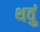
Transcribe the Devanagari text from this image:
थवुं